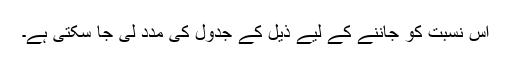
اس نسبت کو جاننے کے لیے ذیل کے جدول کی مدد لی جا سکتی ہے۔